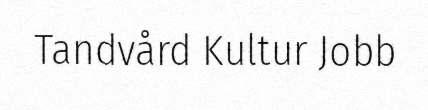
Tandvård Kultur Jobb